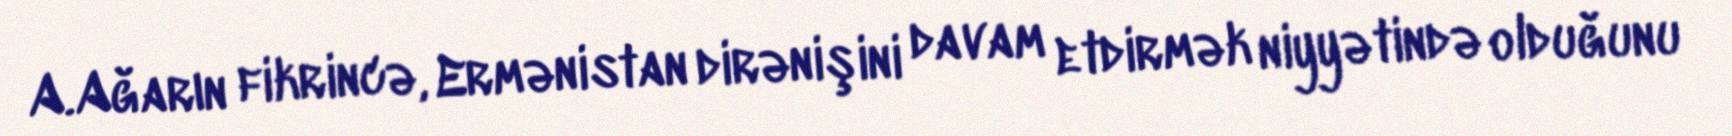
A.Ağarın fikrincə, Ermənistan dirənişini davam etdirmək niyyətində olduğunu